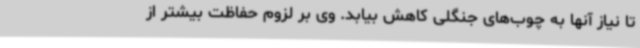
تا نیاز آنها به چوب‌های جنگلی کاهش بیابد. وی بر لزوم حفاظت بیشتر از